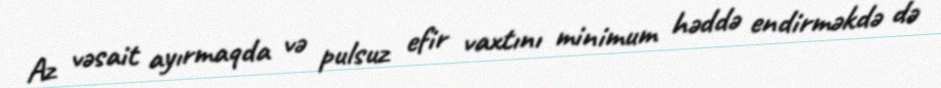
Az vəsait ayırmaqda və pulsuz efir vaxtını minimum həddə endirməkdə də